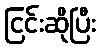
ငြင်းဆိုပြီး